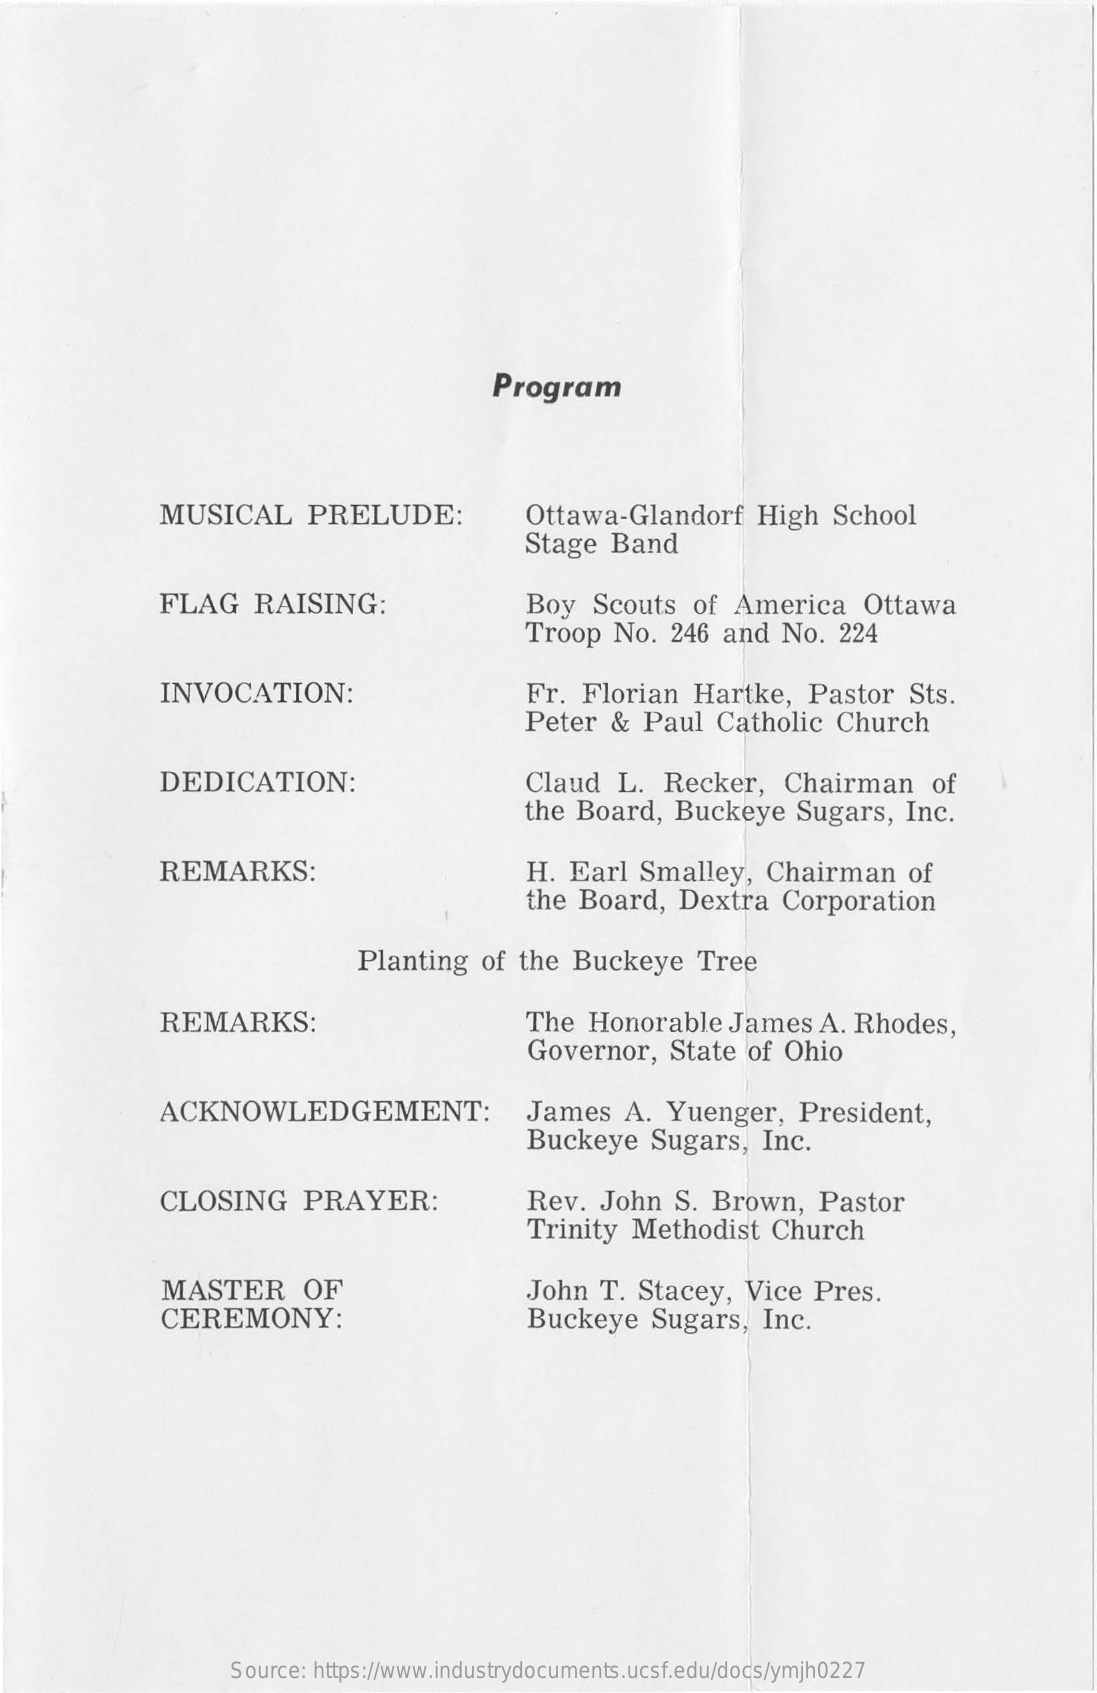
Program
     MUSICAL    PRELUDE:    Ottawa-Glandorf    High   School
     Stage   Band
     FLAG    RAISING:    Boy   Scouts   of  America    Ottawa
     Troop   No.  246  and  No.   224
     INVOCATION:    Fr.  Florian   Hartke,    Pastor   Sts.
     Peter  &  Paul   Catholic   Church
     DEDICATION:    Claud   L.  Recker,    Chairman    of
     the Board,    Buckeye    Sugars,   Inc.
     REMARKS:    H. Earl   Smalley,    Chairman    of
     the  Board,   Dextra   Corporation
     Planting    of the  Buckeye    Tree
     REMARKS:    The  Honorable    James   A. Rhodes,
     Governor,    State  of  Ohio
     ACKNOWLEDGEMENT:    James    A.  Yuenger,    President,
     Buckeye    Sugars,    Inc.
     CLOSING    PRAYER:    Rev.   John   S. Brown,    Pastor
     Trinity  Methodist    Church
     MASTER    OF    John   T. Stacey,   Vice  Pres.
     CEREMONY:    Buckeye    Sugars,    Inc.
     Source: https://www.industrydocuments.ucsf.edu/docs/ymjh0227